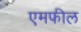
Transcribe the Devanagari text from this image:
एमफील